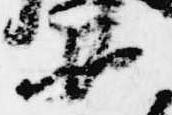
如